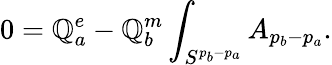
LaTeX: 0=\mathbb{Q}_{a}^{e}-\mathbb{Q}_{b}^{m}\int_{S^{p_{b}-p_{a}}}A_{p_{b}-p_{a}}.